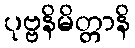
ပုဗ္ဗနိမိတ္တာနိ